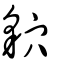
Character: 貁